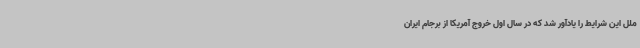
ملل این شرایط را یادآور شد که در سال اول خروج آمریکا از برجام ایران